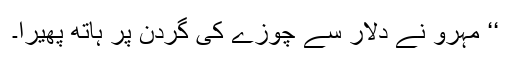
‘‘ مہرو نے دلار سے چوزے کی گردن پر ہاتھ پھیرا۔